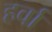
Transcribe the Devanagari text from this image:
हर्वा